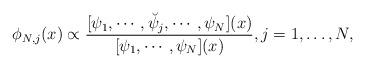
LaTeX: \begin{align*}\phi_{N,j}(x)\propto \frac{[\psi_1,\cdots,\breve{\psi}_j,\cdots,\psi_N](x)}{[\psi_1,\cdots,\psi_N](x)},j=1,\ldots,N,\end{align*}